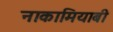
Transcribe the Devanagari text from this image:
नाकामियाबी